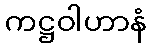
ကဋ္ဌဝါဟာနံ